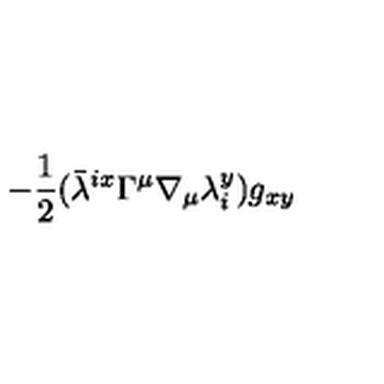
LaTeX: - \frac { 1 } { 2 } ( { \bar { \lambda } } ^ { i x } \Gamma ^ { \mu } \nabla _ { \mu } \lambda _ { i } ^ { y } ) g _ { x y }